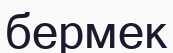
бермек